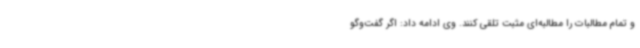
و تمام مطالبات را مطالبه‌ای مثبت تلقی کنند. وی ادامه داد: اگر گفت‌وگو